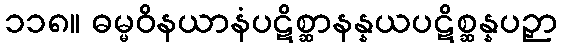
၁၁၈။ ဓမ္မဝိနယာနံပဋိစ္ဆာနန္နယပဋိစ္ဆန္နပဉှာ